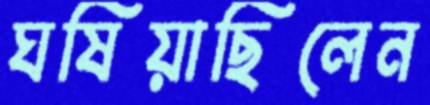
ঘষিয়াছিলেন